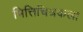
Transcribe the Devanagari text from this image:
भित्तिचित्रकला